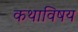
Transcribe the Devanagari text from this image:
कथाविषय